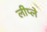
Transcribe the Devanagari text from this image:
लीप्ले